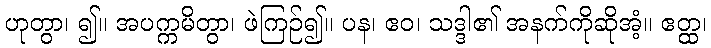
ဟုတွာ၊ ၍။ အပက္ကမိတွာ၊ ဖဲကြဉ်၍။ ပန၊ ဧဝ၊ သဒ္ဒါ၏ အနက်ကိုဆိုအံ့။ ဧတ္ထ၊